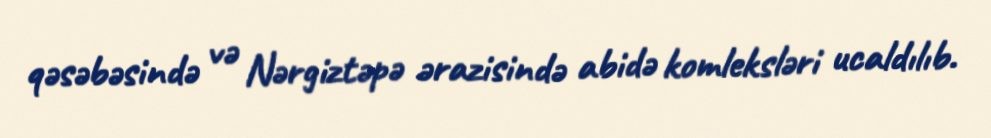
qəsəbəsində və Nərgiztəpə ərazisində abidə komleksləri ucaldılıb.